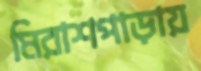
মিরাশপাড়ায়